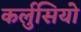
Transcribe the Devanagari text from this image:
कर्लुसियो